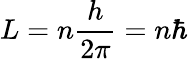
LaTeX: L=n{\frac{h}{2\pi}}=n\hbar